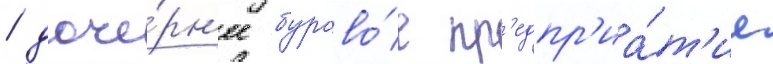
/ доче́рн'ее бурово́е пр'едпр'иа́т'ие